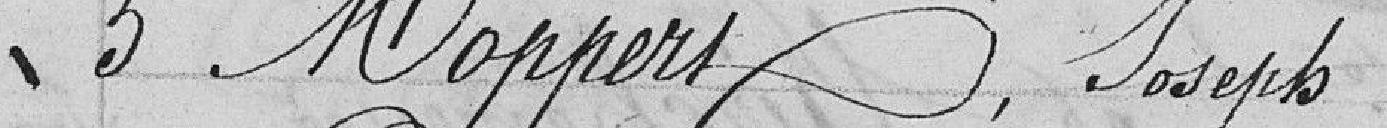
5 Moppers, Joseph